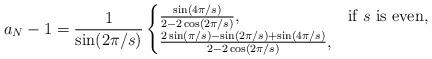
LaTeX: \begin{align*} a_N - 1 = \frac{1}{\sin (2 \pi / s)} \begin{cases} \frac{\sin (4 \pi / s)}{2 - 2 \cos (2 \pi / s)}, & \text{if $s$ is even,}\\ \frac{2 \sin (\pi / s) - \sin (2 \pi / s) + \sin (4 \pi / s)}{2 - 2 \cos (2 \pi / s)}, & \end{cases} \end{align*}